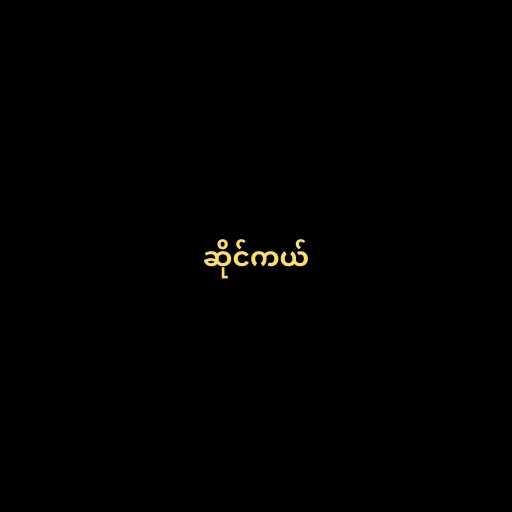
ဆိုင်ကယ်